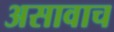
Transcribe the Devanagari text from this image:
असावाच